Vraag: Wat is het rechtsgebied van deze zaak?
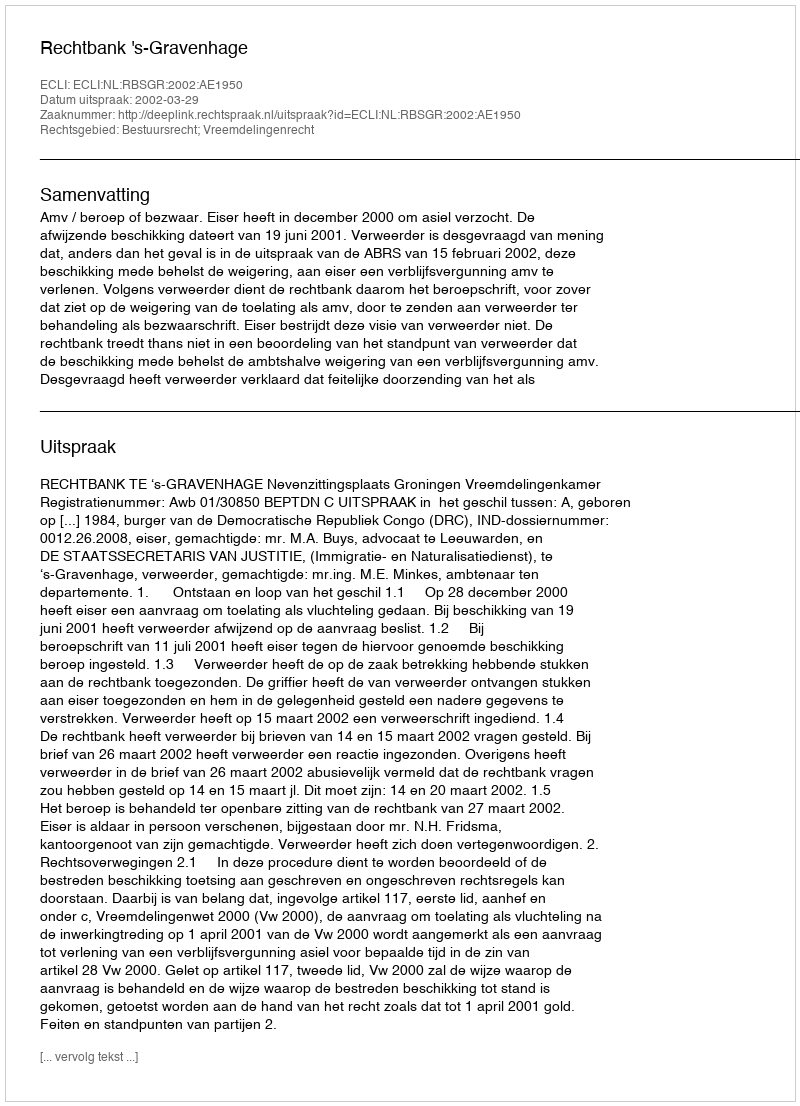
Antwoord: Bestuursrecht; Vreemdelingenrecht